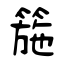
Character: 箷